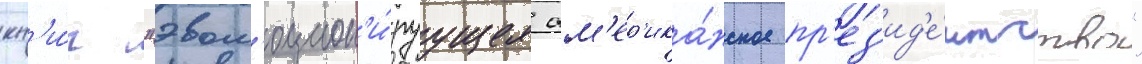
кн'и́г "эвол'юцион'и́руущее ам'ер'ика́нское пр'ез'ид'е́нтство"